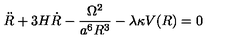
\ddot { R } + 3 H \dot { R } - \frac { \Omega ^ { 2 } } { a ^ { 6 } R ^ { 3 } } - \lambda \kappa V ( R ) = 0